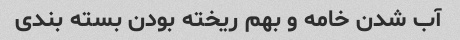
آب شدن خامه و بهم ریخته بودن بسته بندی